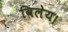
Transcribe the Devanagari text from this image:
विलेय।